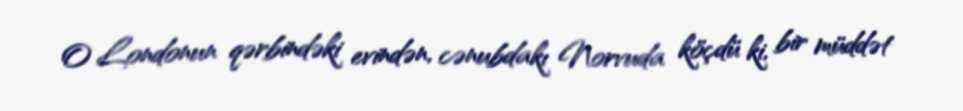
O Londonun qərbindəki evindən, cənubdakı Norvuda köçdü ki, bir müddət